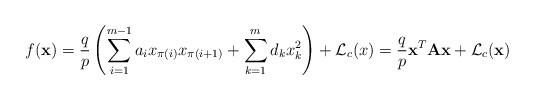
LaTeX: \begin{align*}f(\mathbf{x})=\frac{q}{p}\left(\sum_{i=1}^{m-1} a_{i}x_{\pi(i)}x_{\pi(i+1)}+\sum_{k=1}^{m} d_{k} x_{k}^{2}\right) + \mathcal{L}_{c}(x) = \frac{q}{p} \mathbf{x}^{T}\mathbf{A}\mathbf{x} + \mathcal{L}_{c}(\mathbf{x})\end{align*}